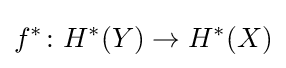
f^{*}\colon H^{*}(Y)\to H^{*}(X)